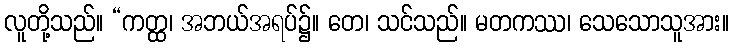
လူတို့သည်။ “ကတ္ထ၊ အဘယ်အရပ်၌။ တေ၊ သင်သည်။ မတကဿ၊ သေသောသူအား။